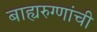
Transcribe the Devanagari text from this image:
बाह्यरुग्णांची